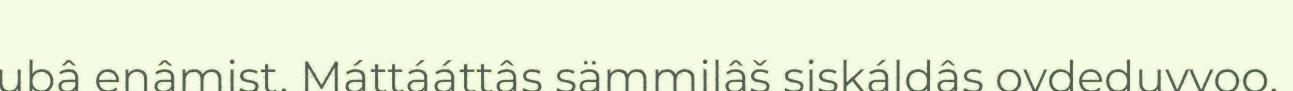
ubâ enâmist. Máttááttâs sämmilâš siskáldâs ovdeduvvoo.